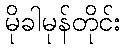
မိုခါမုန်တိုင်း